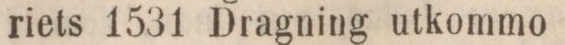
riets 1531 Dragning utkommo